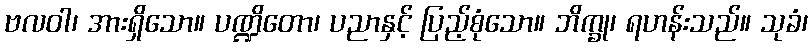
ဗလဝါ၊ အားရှိသော။ ပဏ္ဍိတော၊ ပညာနှင့် ပြည့်စုံသော။ ဘိက္ခု၊ ရဟန်းသည်။ သုခံ၊